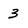
Character: 3